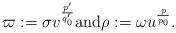
LaTeX: \begin{align*} \varpi := \sigma v^{\frac{p'}{q_0'}} \textrm{and} \rho:=\omega u^{\frac{p}{p_0}}. \end{align*}